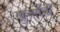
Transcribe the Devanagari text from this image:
खुर्च्यांची